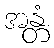
အန္တံ